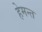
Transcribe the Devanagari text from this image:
हेमन्‍त